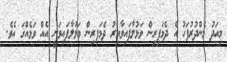
މިއަދު މެންދުރުފަހު އެ ދެމަފިރިން ވަޅުލާފައިވާއިރު ދެމަފިރިން ވަޅުލާފައިވަނީ އެއް ވަޅެއްގަ އެވެ.